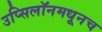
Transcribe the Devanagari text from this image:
उप्सिलॉनमधूनच